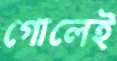
গোলেই